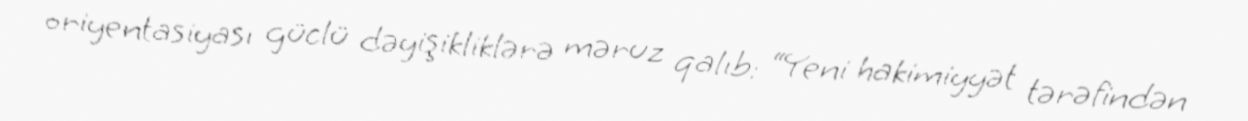
oriyentasiyası güclü dəyişikliklərə məruz qalıb: “Yeni hakimiyyət tərəfindən